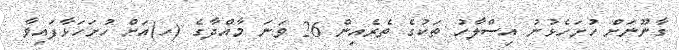
ގާނޫނަށް ހުށަހެޅުނު އިސްލާހު ތަކުގެ ތެރެއިން 26 ވަނަ މާއްދާގެ (ހ)އަށް ހުށަހަޅާފައިވާ